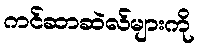
ကင်ဆာဆဲလ်များကို